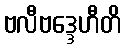
ဗလီဗဒ္ဒေဟီတိ